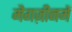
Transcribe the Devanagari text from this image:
मैगज़ीनमें